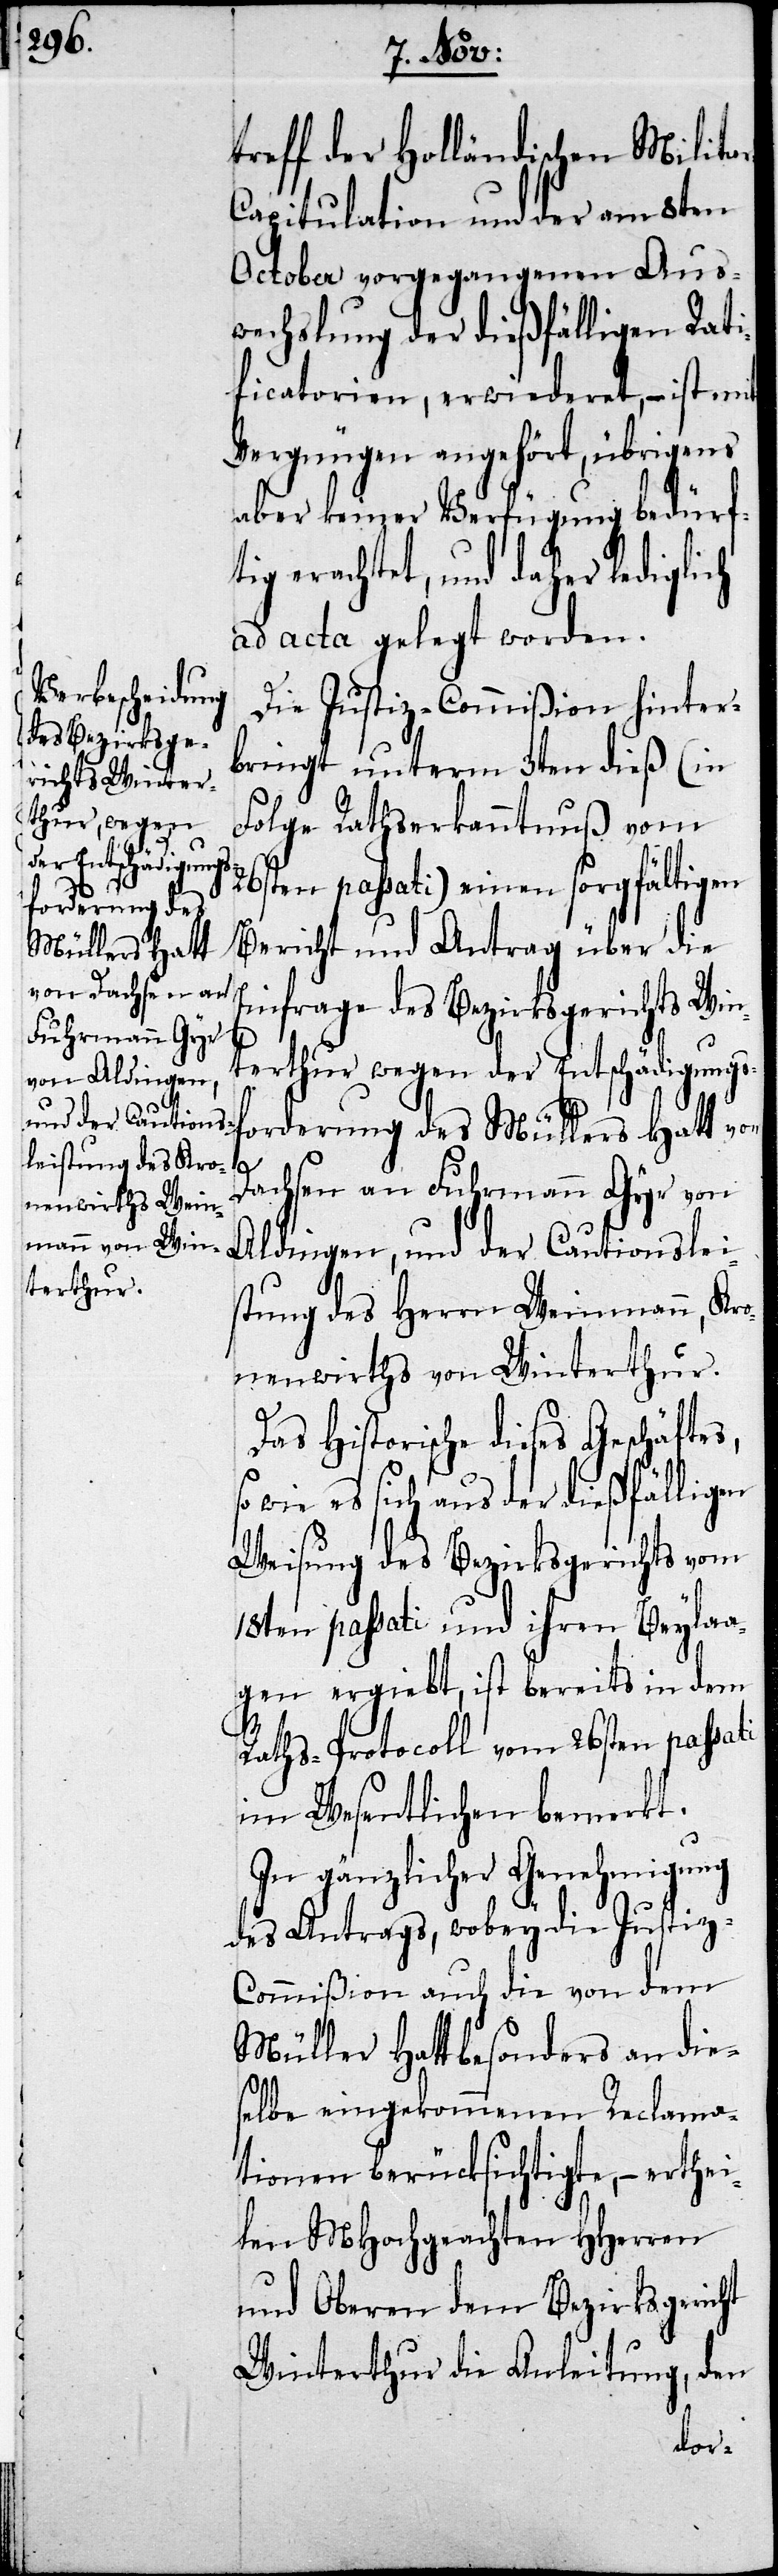
treff der Holländischen Milit¬
apitulation und der an dem
October vorgegangenen Aus¬
wechslung der dießfälligen Rati¬
ficatorien, erwiederet, – ist mit
Vergnügen angehört, übrigens
aber keiner Verfügung bedürf¬
tig erachtet, und daher lediglich
ad acta gelegt worden.
Die Justiz-Commißion hinter¬
bringt unterm 3ten dieß (in
Folge Rathserkanntnuß vom
26ten passati) einen sorgfältigen
Bericht und Antrag über die
Einfrage des Bezirksgerichts Win¬
terthur wegen der Entschädigungs¬
forderung des Müllers Hatt von
Dachsen an Fuhrmann Gyr von
Aldingen, und der Cautionslei¬
stung des Herrn Weinmann, Kro¬
nenwirths von Winterthur.
Das Historische dieses Geschäftes,
so wie es sich aus der dießfälligen
Weisung des Bezirksgerichts vom
18ten passati und ihren Beylaa¬
gen ergiebt, ist bereits in dem
Raths-Protocoll vom 26sten passati
im Wesentlichen bemerkt.
In gänzlicher Genehmigung
des Antrags, wobey die Justiz-C¬
ommißion auch die von dem
Müller Hatt besonders an die¬
selbe eingekommenen Reclama¬
tionen berücksichtigte, – erthei¬
len MHochgeachten HHerren
und Oberen dem Bezirksgericht
Winterthur die Anleitung, den
ar-C¬